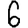
Digit: 6